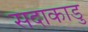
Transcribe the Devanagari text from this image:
सदाकाडु